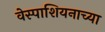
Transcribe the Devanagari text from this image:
वेस्पाशियनाच्या